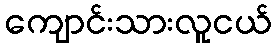
ကျောင်းသားလူငယ်